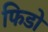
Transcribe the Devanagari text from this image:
फिडो